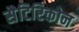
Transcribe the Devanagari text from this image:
सैटिरिकोन